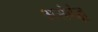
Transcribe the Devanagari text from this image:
असंबंद्ध